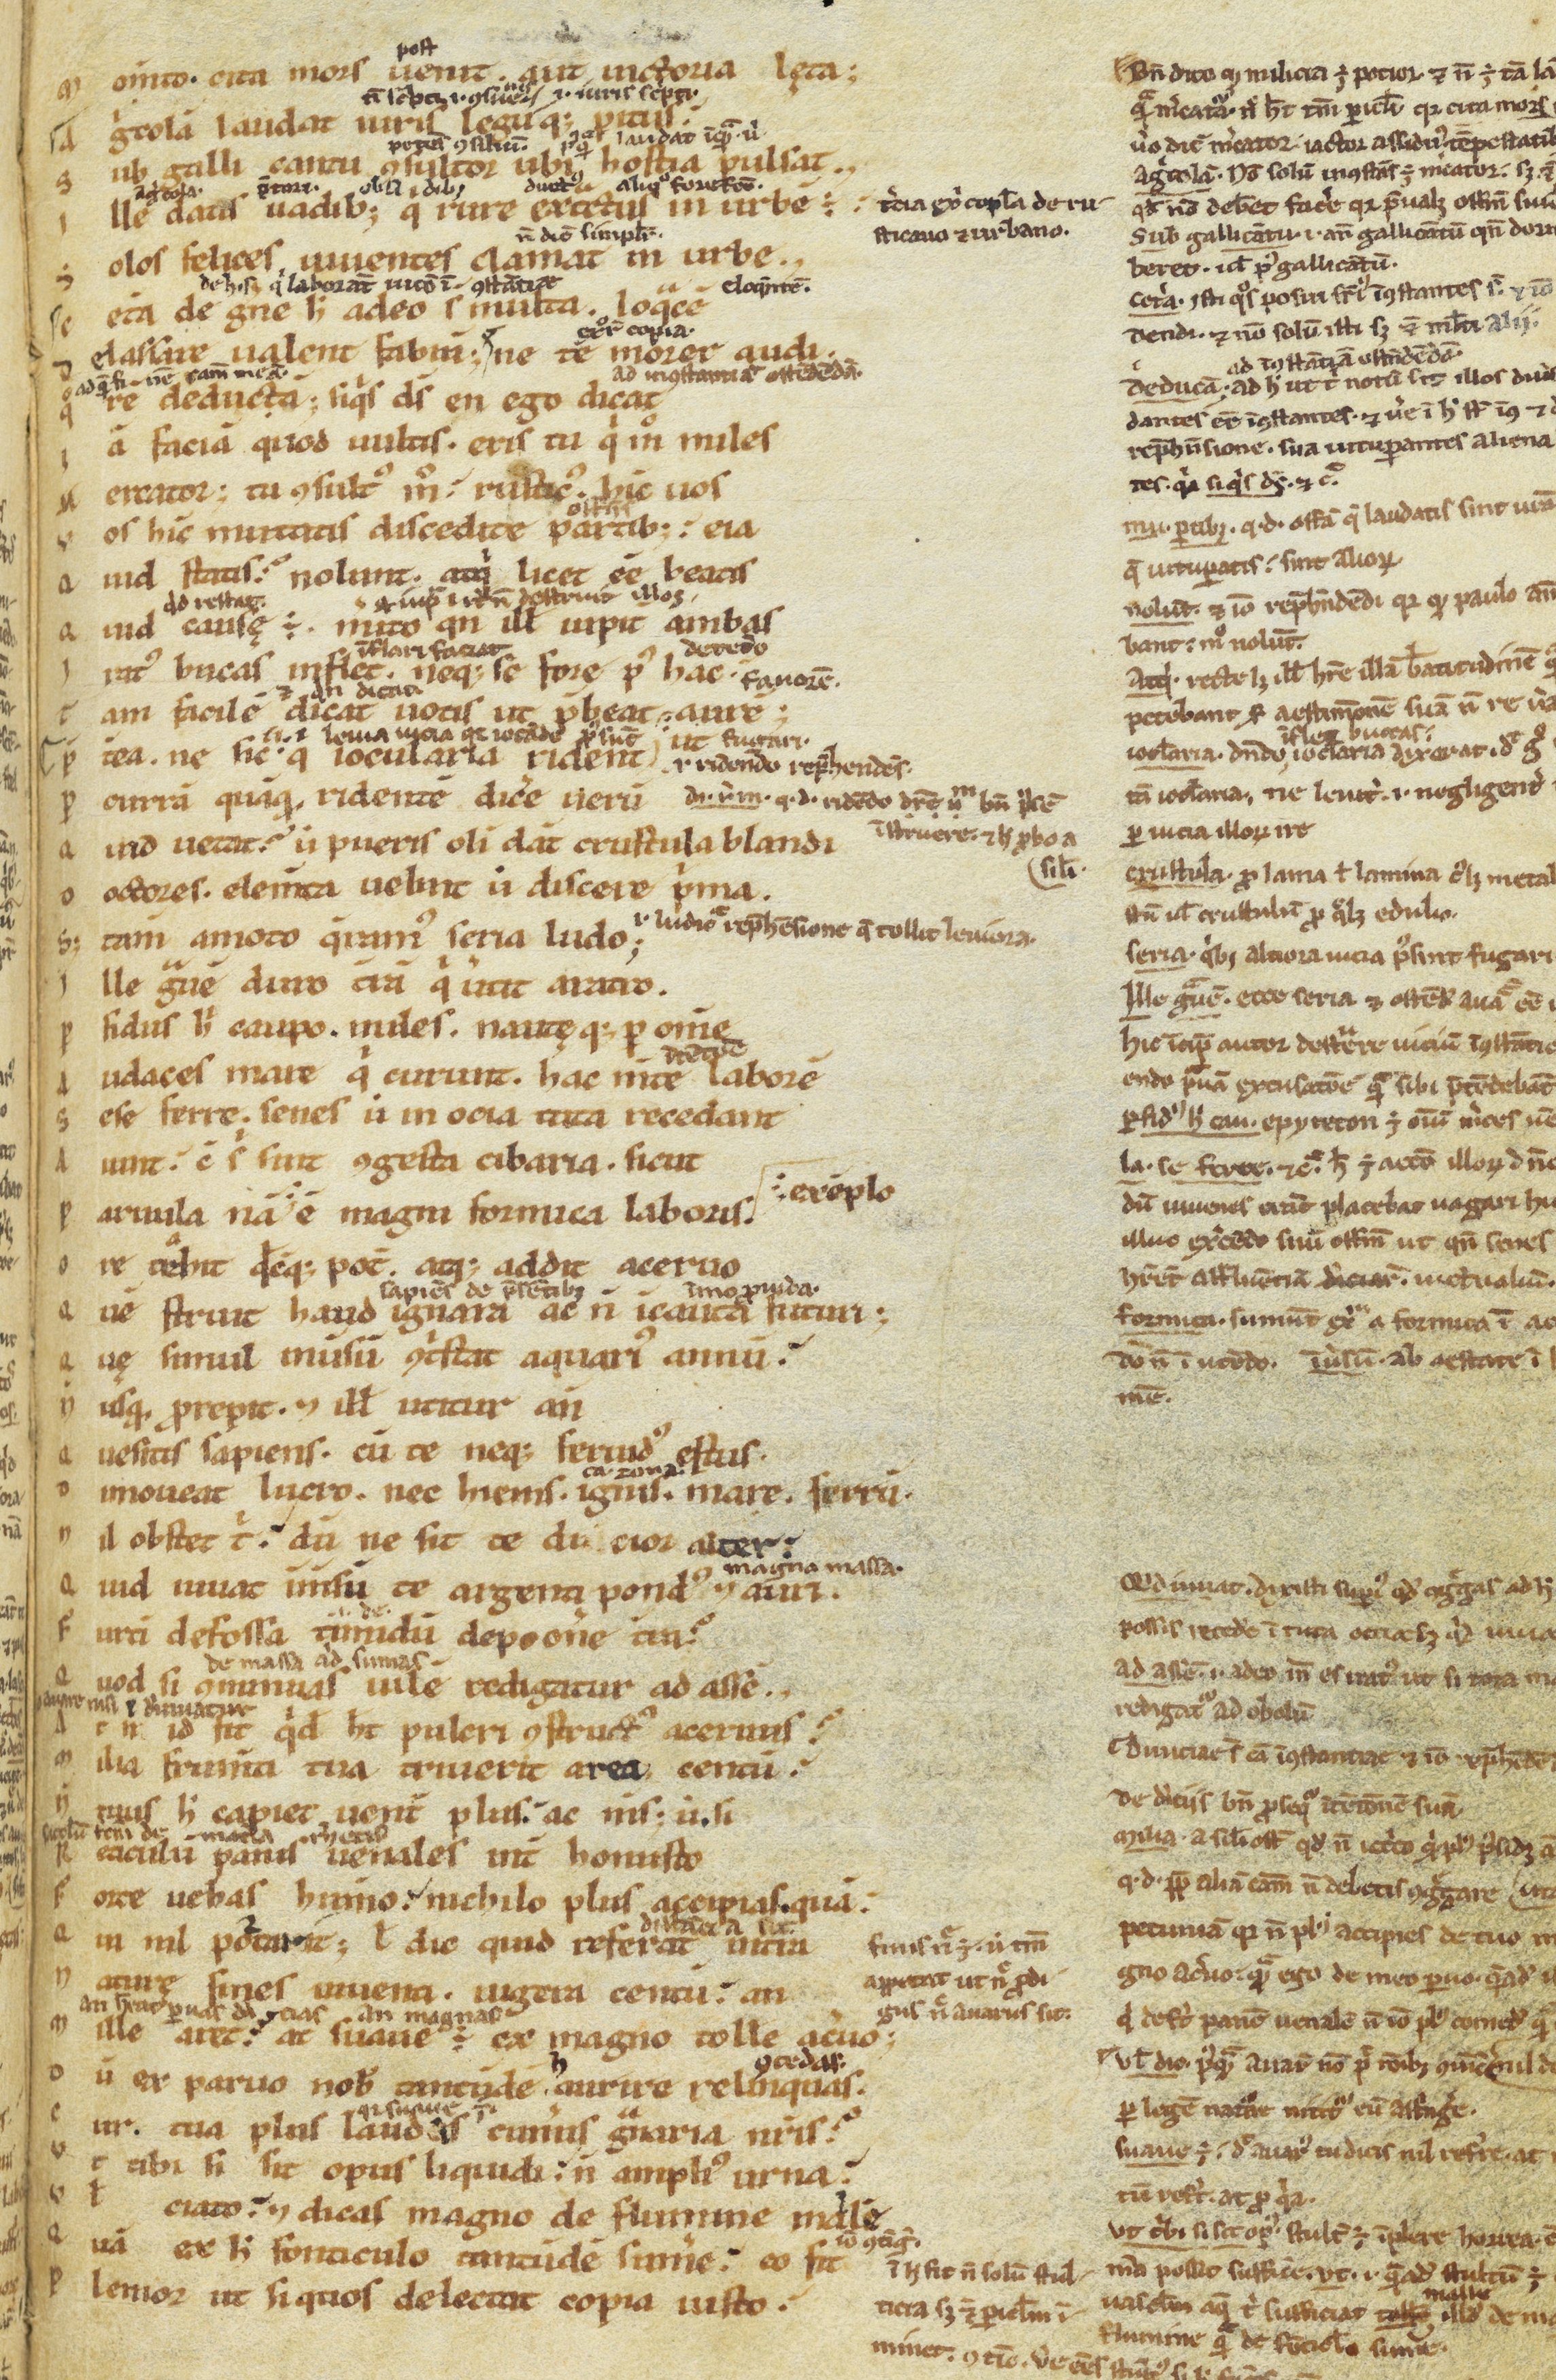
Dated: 1100–1199